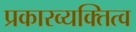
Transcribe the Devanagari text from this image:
प्रकारव्यक्तित्व